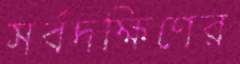
সর্বদক্ষিণের